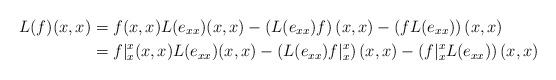
LaTeX: \begin{align*}L(f)(x,x)&=f(x,x)L(e_{xx})(x,x)-\left(L(e_{xx})f\right)(x,x)-\left(fL(e_{xx})\right)(x,x)\\&=f|_{x}^{x}(x,x)L(e_{xx})(x,x)-\left(L(e_{xx})f|_{x}^{x}\right)(x,x)-\left(f|_{x}^{x}L(e_{xx})\right)(x,x)\end{align*}